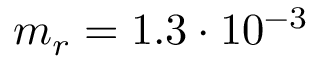
m _ { r } = 1 . 3 \cdot 1 0 ^ { - 3 }